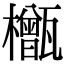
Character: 𬅎